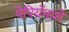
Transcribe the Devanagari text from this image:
पेपियॅमाशे